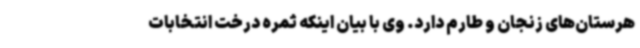
هرستان‌های زنجان و طارم دارد. وی با بیان اینکه ثمره درخت انتخابات